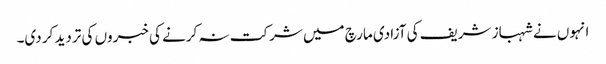
انہوں نے شہباز شریف کی آزادی مارچ میں شرکت نہ کرنے کی خبروں کی تردید کر دی۔